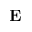
\mathbf { E }